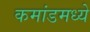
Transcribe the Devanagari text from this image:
कमांडमध्ये